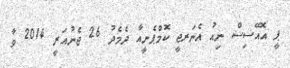
ޕީ އޮއޭސިސް ނިއު އެނަރޖީ ކޮމްޕެނީއާ ދެމެދު 26 ޖެނުއަރީ 2014 ވާ